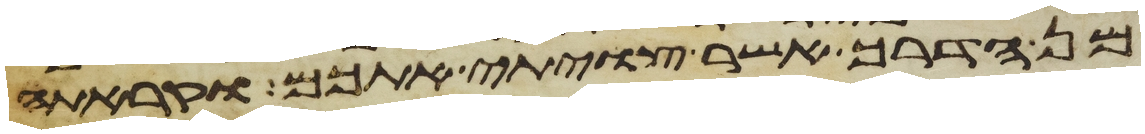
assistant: מן הדרך אשר צויתי אתכם וקרתה